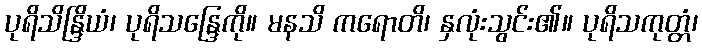
ပုရိသိန္ဒြိယံ၊ ပုရိသန္ဒြေကို။ မနသိ ကရောတိ၊ နှလုံးသွင်း၏။ ပုရိသကုတ္တံ၊